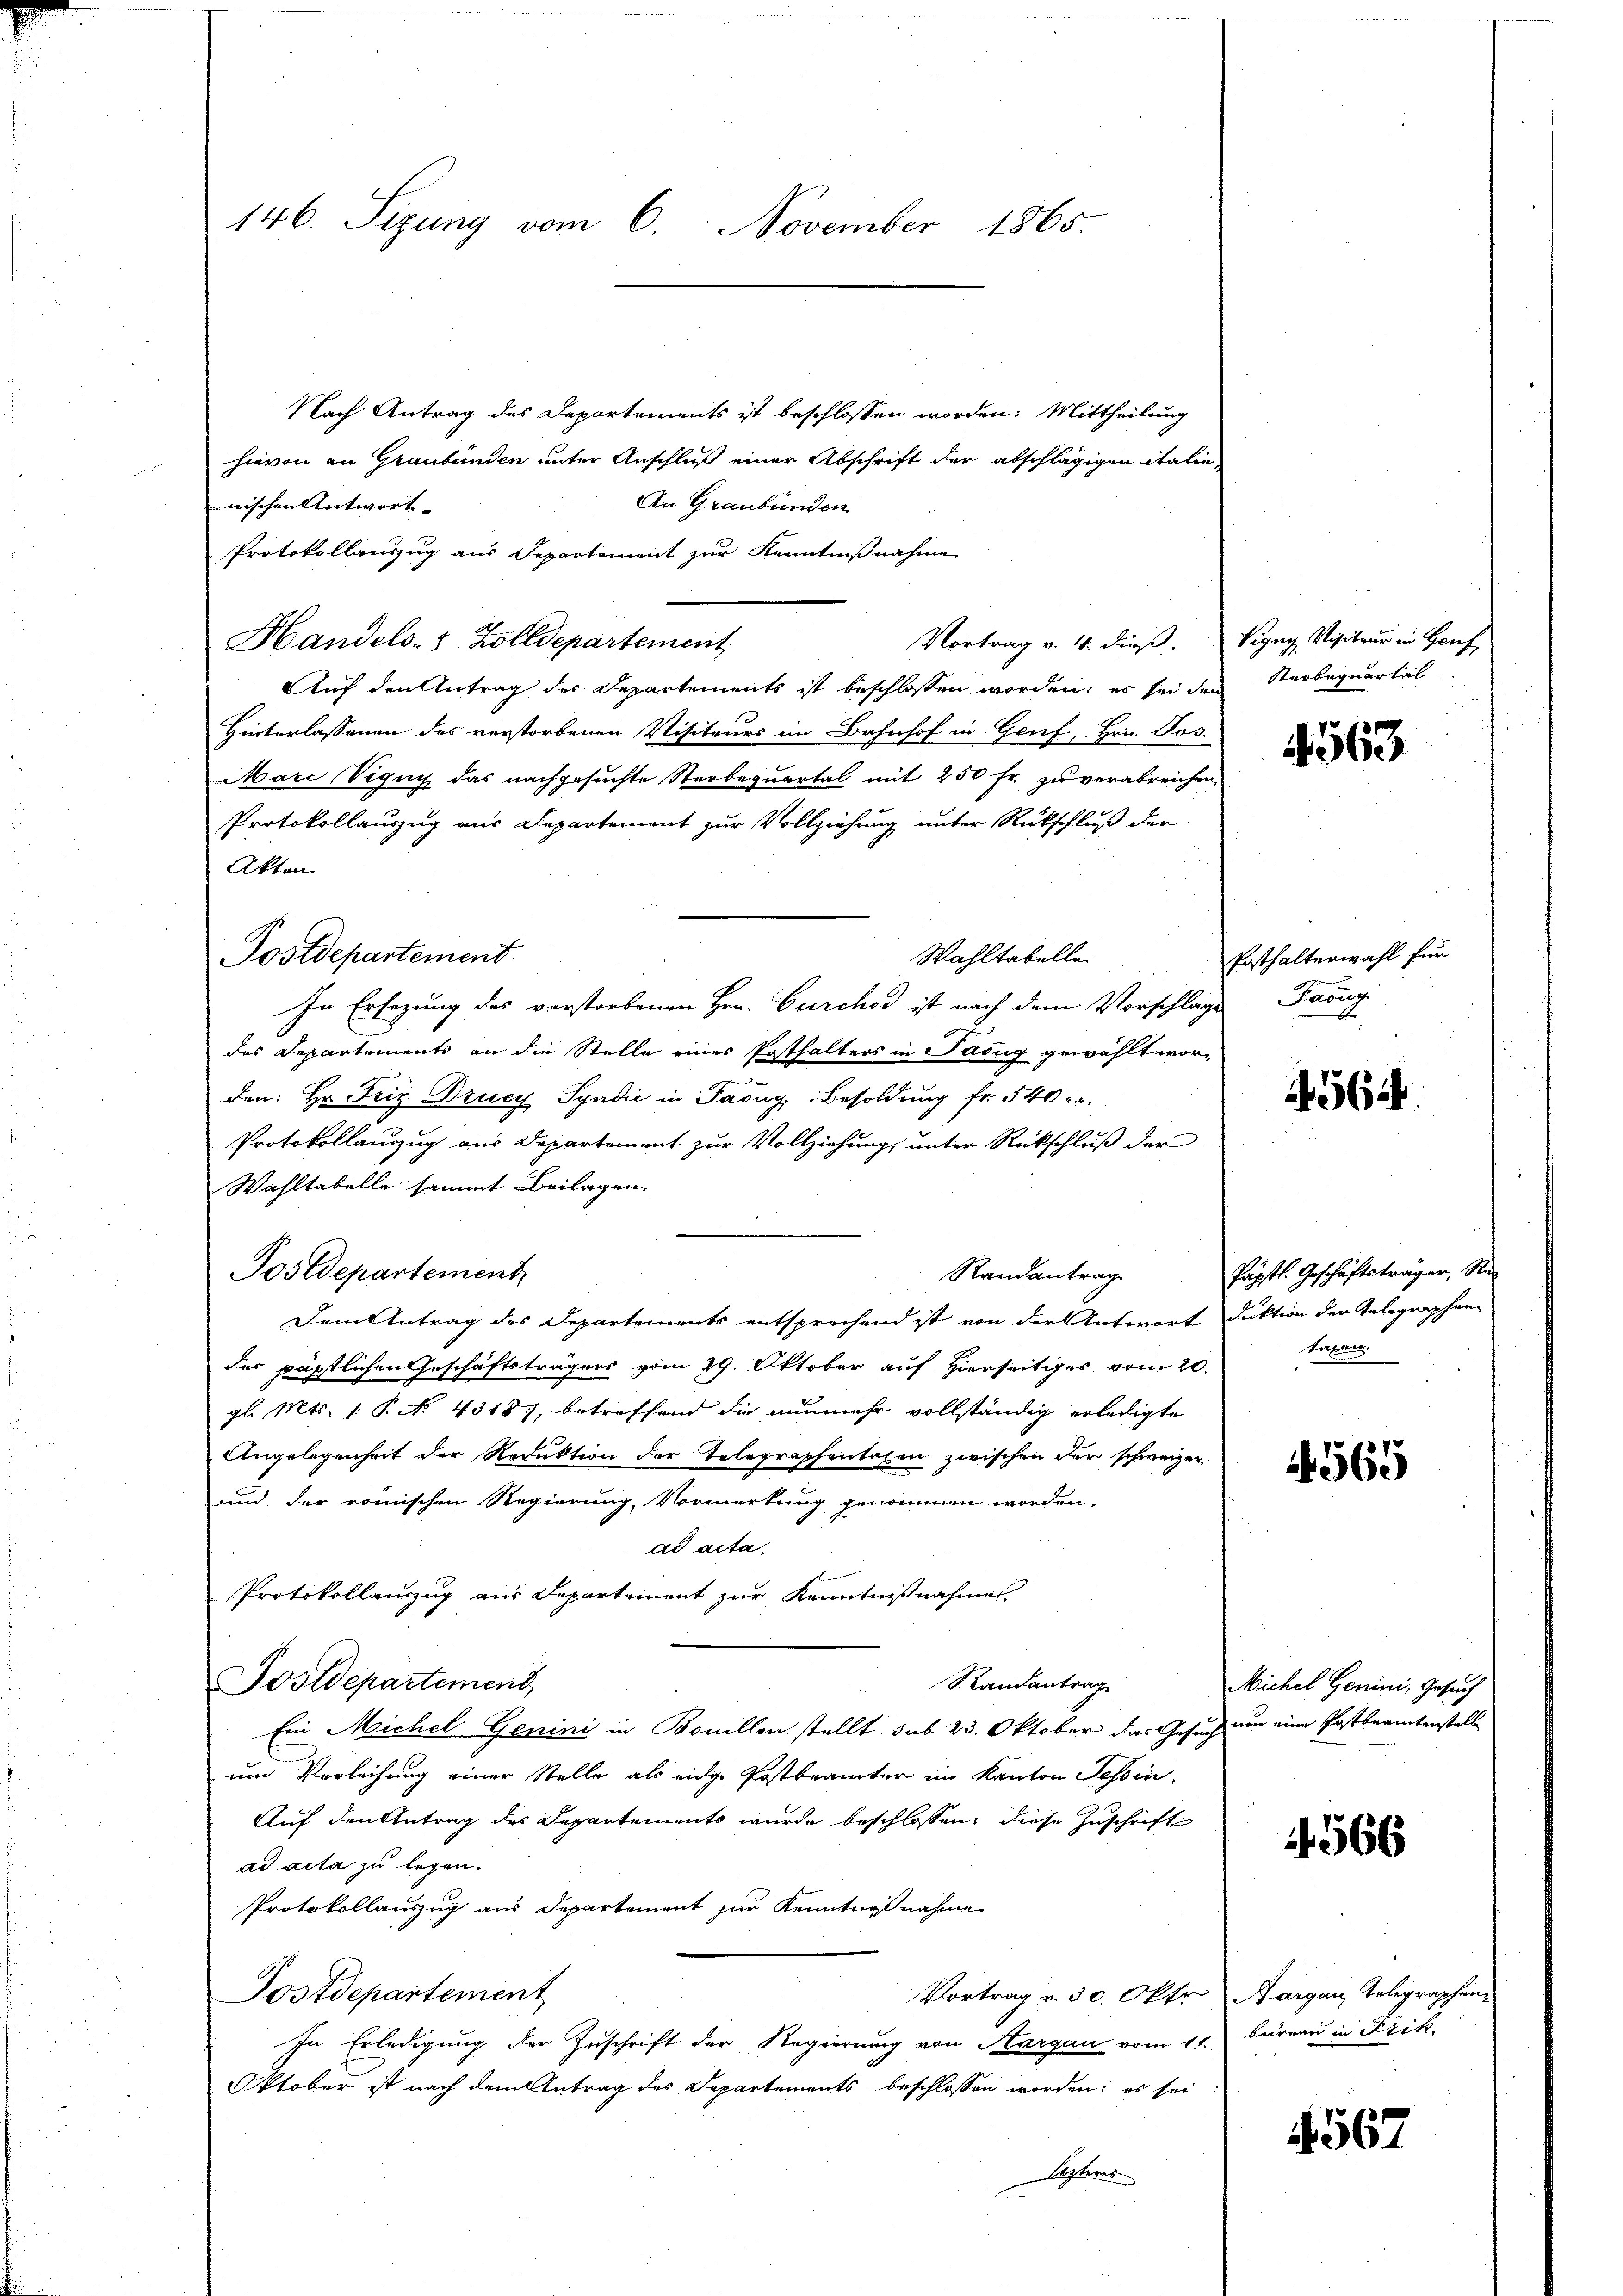
146. Sizung vom 6. November 1865.

Nach Antrag des Departements ist beschlossen worden: Mittheilung
hievon an Graubünden unter Anschluß einer Abschrift der abschlägigen italie
An Graubünden
nischen Antwort- |
Protokollauszug aus Departement zur Kenntnißnahme
Handels- & Zolldepartement
Vortrag v. 4. dieß,
Auf den Antrag des Departements ist beschlossen worden, es sei den
Hinterlassenen des verstorbenen Visiteurs im Bahnhof in Genf, Hrn. Jos.
Mari Vigug das nachgesuchte Sterbequartal mit 250 fr zu verabreichen.
Protokollauszug aus Departement zur Vollziehung unter Rückschluß der
Akten.
Postdepartement
Wahltabelle.
In Ersezung des verstorbenen Hrn. Curches ist nach dem Vorschläge
des Departements an die Stelle einer Posthalters in Sabug gewählt worden: Hr. Friz. Drucy Syndić in Facug, Besoldung fr. 540 er
Protokollauszug aus Departement zur Vollziehung, unter Rückschluß der
Wahltabelle sammt Beilagen
Postdepartement
Randantrage
Dem Antrag des Departements entsprechend ist von der Antwort duktion der Telegraphen-
des päpstlichen Geschäftsträgers vom 29. Oktober auf Hierseitiges vom 20.
gl. Mts. 1 P NNo. 4318), betreffend die nunmehr vollständig erledigte
Angelegenheit der Reduktion der Telegraphentaxen zwischen der schweizer
und der römischen Regierung, Vormerkung genommen worden,
dd acta.
Protokollauszug aus Departement zur Kenntnißnahmen
Randantrag
Fostdepartemend
Ein Michel Genini in Bonillen stellt sub 23. Oktober das Gesuch
um Verleihung einer Stelle als eidge Postbeamter im Kanton Tessin,
Auf den Antrag des Departements wurde beschlossen, diese Zuschrift
ad acta zu legen.
Protokollauszug aus Departement zur Kenntnißnahme
Postdepartement
Vortrag v. 30. Okt. Aargau, Telegraphen¬
In Erledigung der Zuschrift der Regierung von Hargau vom 11. Büreau in Frik-
Oktober ist nach dem Antrag des Departements beschlossen worden; es sei
lezteres

Vigug Visiteur in Hof
Sterbequartal

563

Posthalterwahl für
Farug

564.

Papstl. Geschäftsträger, Retaxen

4565

Michel Genini, Gesuch
non eine Postbeamtenstelle

4566

567